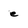
Character: e